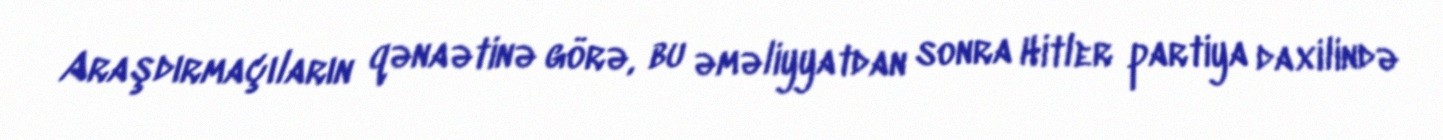
Araşdırmaçıların qənaətinə görə, bu əməliyyatdan sonra Hitler partiya daxilində